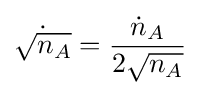
{\dot {\sqrt {n_{A}}}}={\frac {{\dot {n}}_{A}}{2{\sqrt {n_{A}}}}}